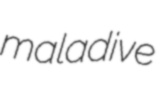
maladive